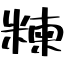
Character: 𥻂